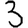
Digit: 3